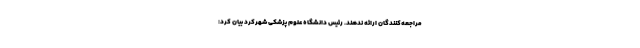
مراجعه‌کنندگان ارائه ندهند. رئیس دانشگاه علوم پزشکی شهرکرد بیان کرد: